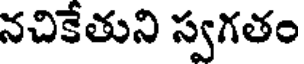
నచికేతుని స్వగతం